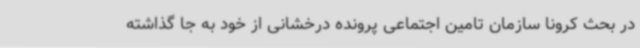
در بحث کرونا سازمان تامین اجتماعی پرونده درخشانی از خود به جا گذاشته